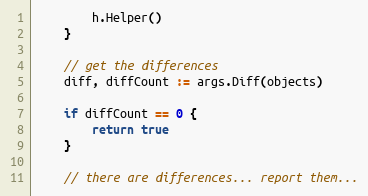
Language: Go
		h.Helper()
	}

	// get the differences
	diff, diffCount := args.Diff(objects)

	if diffCount == 0 {
		return true
	}

	// there are differences... report them...